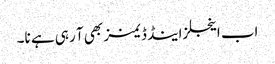
اب اینجلز اینڈ ڈیمنز بھی آ رہی ہے نا۔